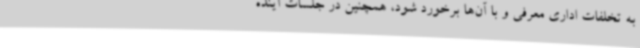
به تخلفات اداری معرفی و با آن‌ها برخورد شود، همچنین در جلسات آینده